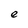
Character: e